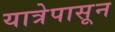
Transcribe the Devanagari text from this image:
यात्रेपासून